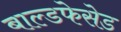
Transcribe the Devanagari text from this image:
बाल्डफेसेड